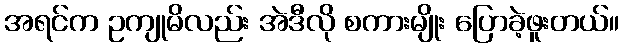
အရင်က ဥကျုမိလည်း အဲဒီလို စကားမျိုး ပြောခဲ့ဖူးတယ်။